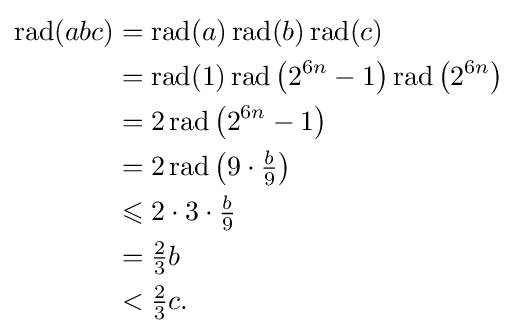
{\begin{aligned}\operatorname {rad} (abc)&=\operatorname {rad} (a)\operatorname {rad} (b)\operatorname {rad} (c)\\&=\operatorname {rad} (1)\operatorname {rad} \left(2^{6n}-1\right)\operatorname {rad} \left(2^{6n}\right)\\&=2\operatorname {rad} \left(2^{6n}-1\right)\\&=2\operatorname {rad} \left(9\cdot {\tfrac {b}{9}}\right)\\&\leqslant 2\cdot 3\cdot {\tfrac {b}{9}}\\&={\tfrac {2}{3}}b\\&<{\tfrac {2}{3}}c.\end{aligned}}